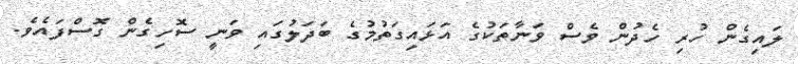
ލައިގެން ހުރި ހެދުން ވެސް ވަނާތަކުގެ އަޅައިގަތުމުގެ ބަދަލުގައި ވަނީ ސޮހިގެން ގޮސްފައެވެ.